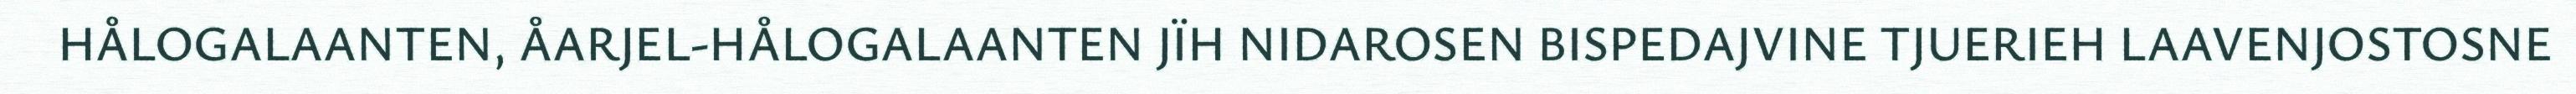
HÅLOGALAANTEN, ÅARJEL-HÅLOGALAANTEN JÏH NIDAROSEN BISPEDAJVINE TJUERIEH LAAVENJOSTOSNE